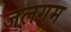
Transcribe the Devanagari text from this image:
जलगम